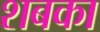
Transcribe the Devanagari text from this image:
शबका